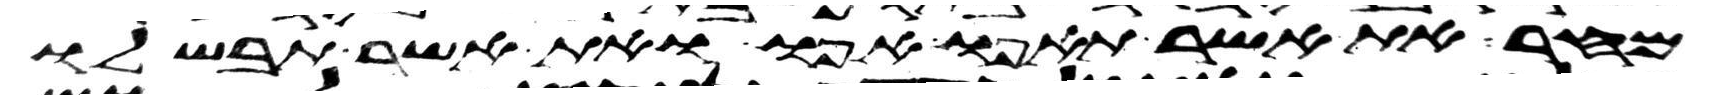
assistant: מחר את אשר תאפו אפו ואת אשר תבשלו